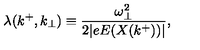
\lambda ( k ^ { + } , k _ { \bot } ) \equiv { \frac { \omega _ { \bot } ^ { 2 } } { 2 \vert e E ( X ( k ^ { + } ) ) \vert } } ,